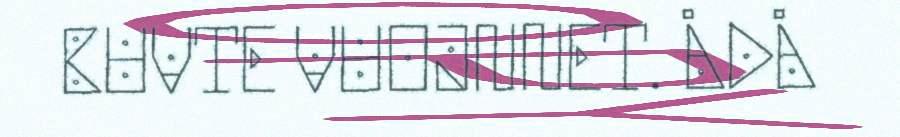
BUVTE VUOJNNET. ÅDÅ